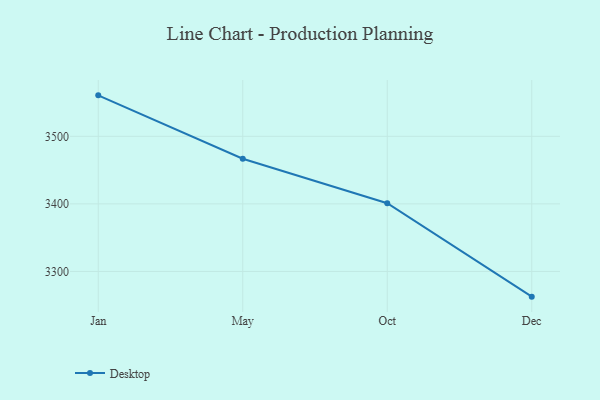
{"axis": {"x": "Month", "y": "Customer Acquisition Cost (USD)"}, "legend": ["Desktop"], "data": [{"x": "Jan", "y": 3560.6, "type": "Desktop"}, {"x": "May", "y": 3466.8, "type": "Desktop"}, {"x": "Oct", "y": 3401.0, "type": "Desktop"}, {"x": "Dec", "y": 3262.7, "type": "Desktop"}]}